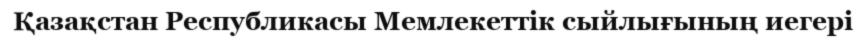
Қазақстан Республикасы Мемлекеттік сыйлығының иегері